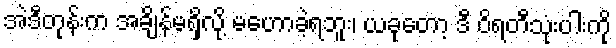
အဲဒီတုန်းက အချိန်မရှိလို့ မဟောခဲ့ရဘူး၊ ယခုတော့ ဒီ ဝိရတီသုံးပါးကို